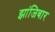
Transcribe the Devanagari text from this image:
झांजिबार